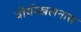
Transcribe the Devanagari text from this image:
वीर्यस्खलनास